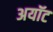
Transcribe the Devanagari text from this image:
अयॉट